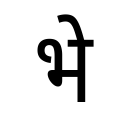
OCR:
भे